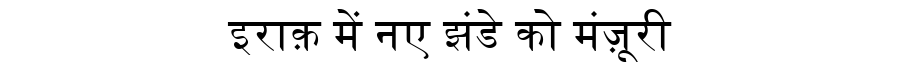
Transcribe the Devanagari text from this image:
इराक़ में नए झंडे को मंज़ूरी